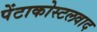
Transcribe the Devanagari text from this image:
पेंटाकोस्टलवाद